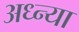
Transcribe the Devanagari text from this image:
अध्न्या